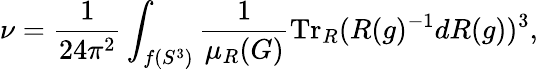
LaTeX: \nu=\frac{1}{24\pi^{2}}\int_{f(S^{3})}\frac{1}{\mu_{R}(G)}\mathrm{Tr}_{R}(R(g)^{-1}dR(g))^{3},